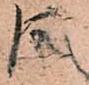
同